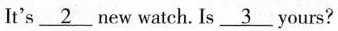
It's\underline{2} new watch. Is\underline{3} yours?